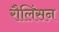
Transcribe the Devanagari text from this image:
रौलिंसन